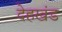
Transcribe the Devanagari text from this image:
देहखंड